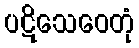
ပဋိသေဝေတုံ